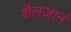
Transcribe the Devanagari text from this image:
शैलजानं